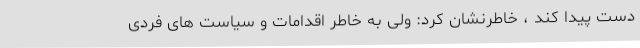
دست پیدا کند ، خاطرنشان کرد: ولی به خاطر اقدامات و سیاست های فردی